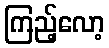
ကြည့်လော့